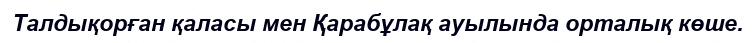
Талдықорған қаласы мен Қарабұлақ ауылында орталық көше.